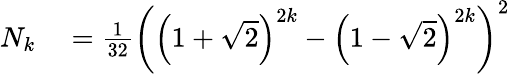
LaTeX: \begin{array}{rl}{N_{k}}&{{}={\frac{1}{32}}\left(\left(1+{\sqrt{2}}\right)^{2k}-\left(1-{\sqrt{2}}\right)^{2k}\right)^{2}}\end{array}